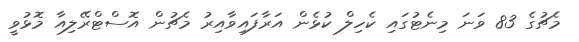
މެޗުގެ 83 ވަނަ މިނެޓުގައި ކެހިލް ކުޅެން އަރާފައިވާއިރު މެޗުން އޮސްޓްރޭލިއާ މޮޅުވީ